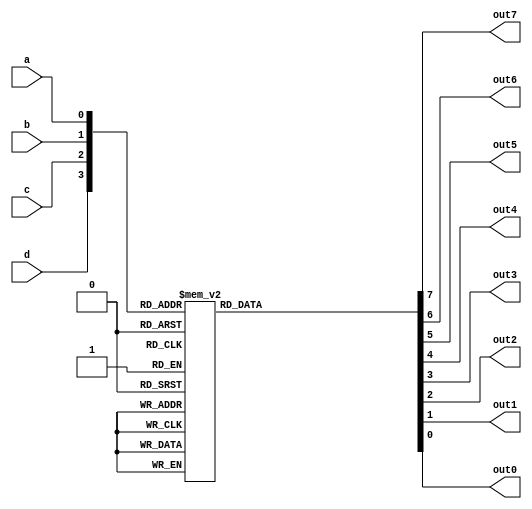
module Seg(a,b,c,d, out7,out6,out5,out4,out3,out2,out1,out0);	

    input 	a,b,c,d;
    output	out7,out6,out5,out4,out3,out2,out1,out0;
	 wire [3:0]bcd;
	 reg [7:0]	out;
	 assign bcd = {d,c,b,a};
	 assign out7 = out[7];
	 assign out6 = out[6];
	 assign out5 = out[5];
	 assign out4 = out[4];
	 assign out3 = out[3];
	 assign out2 = out[2];
	 assign out1 = out[1];
	 assign out0 = out[0];

	always @(bcd)   begin
		case (bcd)
       4'b0000 : out = 8'b11000000;   	//0 = C0H
       4'b0001 : out = 8'b11111001;   	//1 = F9H
       4'b0010 : out = 8'b10100100;   	//2 = A4H
       4'b0011 : out = 8'b10110000;   	//3 = B0H
       4'b0100 : out = 8'b10011001;   	//4 = 99H
       4'b0101 : out = 8'b10010010;   	//5 = 92H
       4'b0110 : out = 8'b10000010;   	//6 = 82H
       4'b0111 : out = 8'b11111000;   	//7 = F8H
       4'b1000 : out = 8'b10000000;   	//8 = 80H
       4'b1001 : out = 8'b10010000;   	//9 = 90H
       4'b1010 : out = 8'b10001000;   	//A = 88H
       4'b1011 : out = 8'b10000011;   	//b = 83H
       4'b1100 : out = 8'b11000110;  	//C = C6H
       4'b1101 : out = 8'b10100001;   	//d = A1H
       4'b1110 : out = 8'b10000110;   	//E = 86H
       4'b1111 : out = 8'b10001110;   	//F = 8EH
       default : out = 8'b01111111;   	//DP = 7FH
     endcase
   end   

endmodule